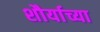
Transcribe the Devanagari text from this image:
शौर्याच्या